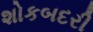
શોકબદરી